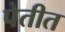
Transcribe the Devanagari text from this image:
पेतीत